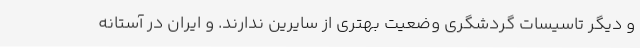
و دیگر تاسیسات گردشگری وضعیت بهتری از سایرین ندارند. و ایران در آستانه